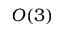
O ( 3 )